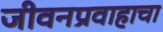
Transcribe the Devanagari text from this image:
जीवनप्रवाहाचा